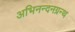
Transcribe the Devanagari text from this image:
अभिनन्दनग्रन्थ